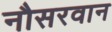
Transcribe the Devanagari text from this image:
नौसरवान